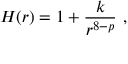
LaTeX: H ( r ) = 1 + \frac { k } { r ^ { 8 - p } } \ ,